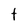
Character: t